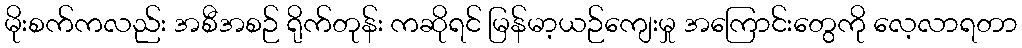
မိုးစက်ကလည်း အစီအစဉ် ရိုက်တုန်း ကဆိုရင် မြန်မာ့ယဉ်ကျေးမှု အကြောင်းတွေကို လေ့လာရတာ